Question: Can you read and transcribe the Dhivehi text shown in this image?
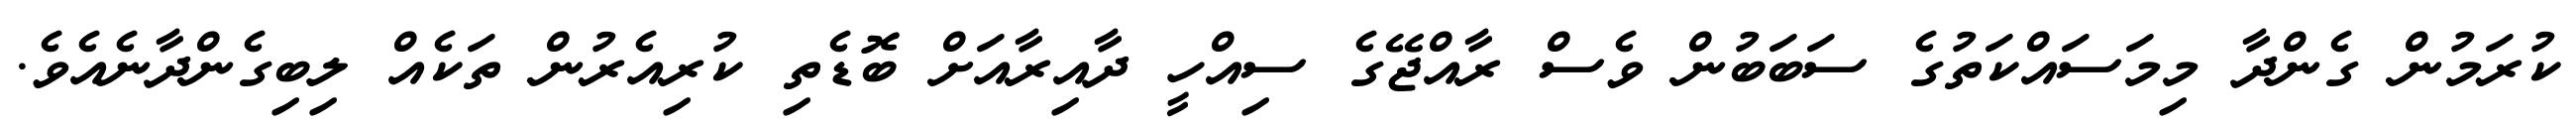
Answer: ކުރަމުން ގެންދާ މިމަސައްކަތުގެ ސަބަބުން ވެސް ރާއްޖޭގެ ސިއްހީ ދާއިރާއަށް ބޮޑެތި ކުރިއެރުން ތަކެއް ލިބިގެންދާނެއެވެ.